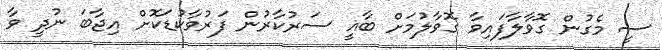
ސީ މެގުން ގޮވާލާފައިވާ ގޮވާލުމަށް ބާޣީ ސަރުކާރުން ފަރުވާކުޑަކޮށް އިޖާބަ ނުދީ ވާ